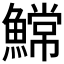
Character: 𫙲